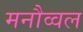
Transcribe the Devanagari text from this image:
मनौव्वल